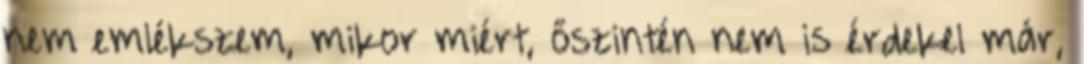
nem emlékszem, mikor miért, őszintén nem is érdekel már,